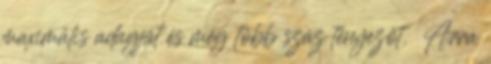
maximális adagját és még több száz tényezőt.  Arra